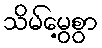
သိမ်မွေ့စွာ